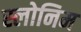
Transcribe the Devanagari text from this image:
स्लोनिम